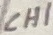
Text: CH1